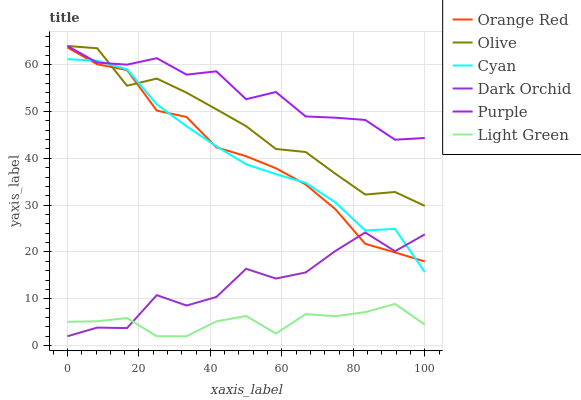
| xaxis_label | Orange Red | Olive | Cyan | Dark Orchid | Purple | Light Green |
 | --- | --- | --- | --- | --- | --- | --- |
 | 0 | 63.7 | 64 | 61.2 | 2 | 64 | 5.08 |
 | 8.33 | 60.1 | 63.5 | 60.9 | 3.85 | 60.5 | 5.2 |
 | 16.7 | 58.9 | 55.5 | 59 | 3.75 | 60 | 5.89 |
 | 25 | 50.2 | 57 | 51.5 | 10.8 | 61.4 | 2 |
 | 33.3 | 48.8 | 54 | 46.9 | 8.56 | 57.9 | 2 |
 | 41.7 | 42.4 | 50.5 | 42.6 | 10.4 | 58.6 | 5.18 |
 | 50 | 40.5 | 46.9 | 38.7 | 16.4 | 52.6 | 6.33 |
 | 58.3 | 37.9 | 42 | 36.6 | 14.3 | 54.2 | 2.58 |
 | 66.7 | 34.4 | 41.4 | 34.8 | 15.6 | 49 | 6.73 |
 | 75 | 29.1 | 36.7 | 30.6 | 20.2 | 48.7 | 6.29 |
 | 83.3 | 21.7 | 32.3 | 24.6 | 24.2 | 48.2 | 7.15 |
 | 91.7 | 19.9 | 32.8 | 24.9 | 20.2 | 44 | 8.9 |
 | 100 | 18 | 29.8 | 15.7 | 23.8 | 44.4 | 4.48 |